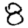
Digit: 8